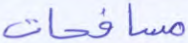
مسافحات